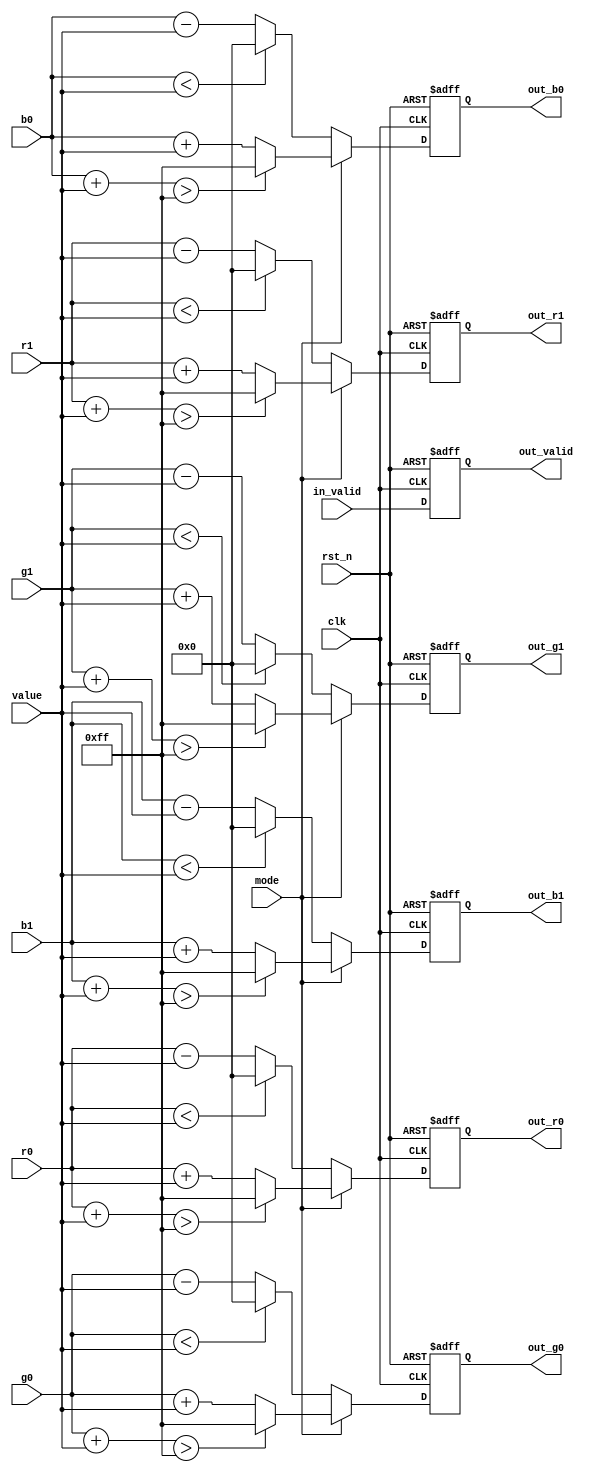
module brightness_adjustment 
#(
    parameter IMG_PIX_W  = 8,
              WAVE_PIX_W = 10
)
(  
    input clk,
    input rst_n,
    input in_valid,
    input mode,
    input [IMG_PIX_W-1:0] value,
    input [IMG_PIX_W-1:0] r0, g0, b0,
    input [IMG_PIX_W-1:0] r1, g1, b1,
    output reg out_valid,
    output reg [IMG_PIX_W-1:0] out_r0, out_g0, out_b0, out_r1, out_g1, out_b1
);

always @(posedge clk, negedge rst_n) begin
    if(~rst_n) begin
        out_valid <= 1'b0;
        out_r0 <= 0;
        out_g0 <= 0;
        out_b0 <= 0;
        out_r1 <= 0;
        out_g1 <= 0;
        out_b1 <= 0;
    end
    else begin
        out_valid <= in_valid;
        if (mode == 1'b1) begin   //brighter
            out_r0 <= ({1'b0, r0} + {1'b0, value} > 255) ? 255 : r0 + value;
            out_g0 <= ({1'b0, g0} + {1'b0, value} > 255) ? 255 : g0 + value;
            out_b0 <= ({1'b0, b0} + {1'b0, value} > 255) ? 255 : b0 + value;
            out_r1 <= ({1'b0, r1} + {1'b0, value} > 255) ? 255 : r1 + value;
            out_g1 <= ({1'b0, g1} + {1'b0, value} > 255) ? 255 : g1 + value;
            out_b1 <= ({1'b0, b1} + {1'b0, value} > 255) ? 255 : b1 + value;
        end
	else begin                //darker
            out_r0 <= (r0 < value) ? 0 : r0 - value;
            out_g0 <= (g0 < value) ? 0 : g0 - value;
            out_b0 <= (b0 < value) ? 0 : b0 - value;
            out_r1 <= (r1 < value) ? 0 : r1 - value;
            out_g1 <= (g1 < value) ? 0 : g1 - value;
            out_b1 <= (b1 < value) ? 0 : b1 - value;
        end
    end
end

endmodule